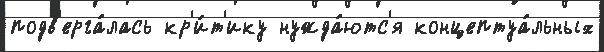
подв'ерга́лась кр'и́т'ику нужда́ютс'я концептуа́льных